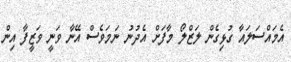
އެމައްސަލައާ ގުޅިގެން ލަޒްލޯ މާފަށް އެދުނު ނަމަވެސް އޭނާ ވަނީ ވަޒީފާ އިން